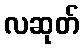
လဆုတ်